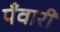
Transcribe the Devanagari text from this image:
पँवारी